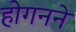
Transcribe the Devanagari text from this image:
होगनने